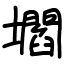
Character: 壛